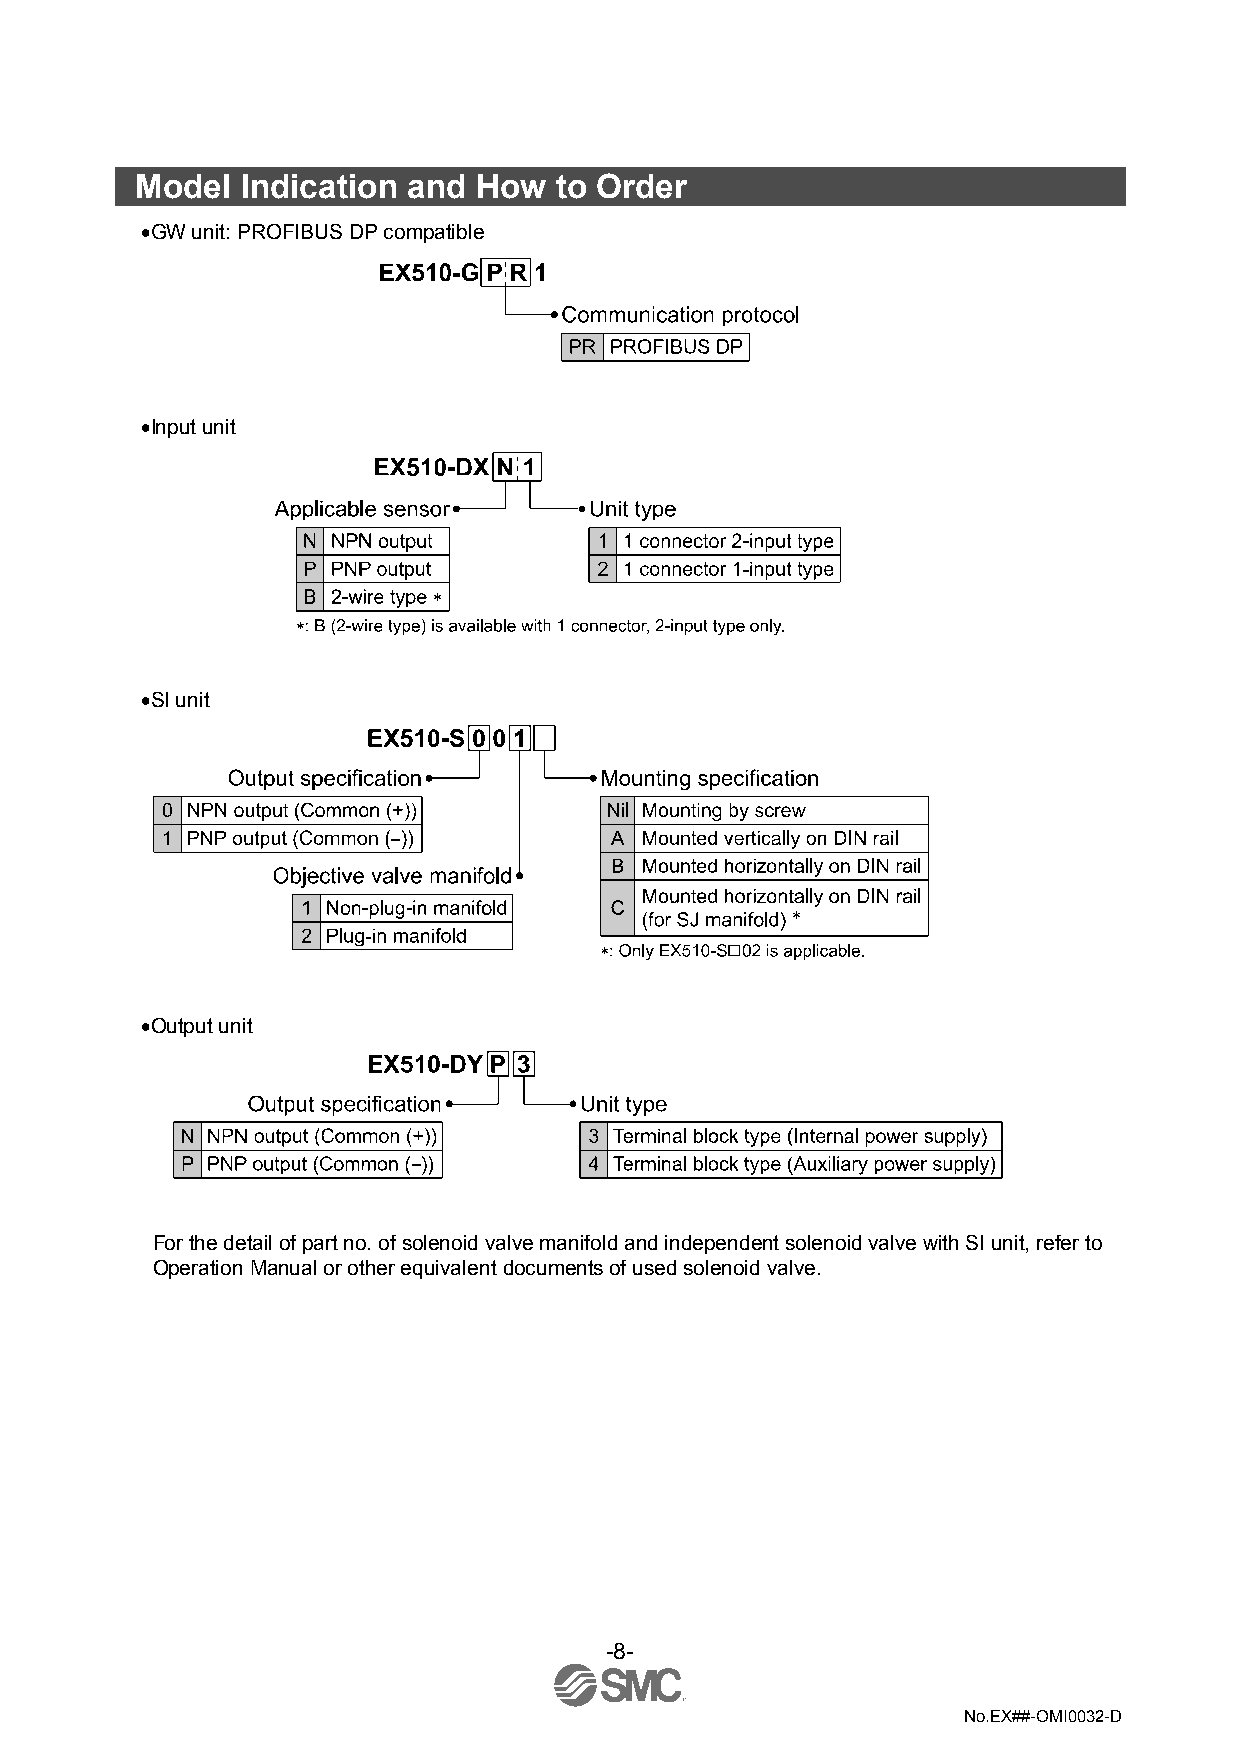
Model  Indication and How   to Order
 •GW unit: PROFIBUS DP compatible
 •Input unit
 •SI unit
 •Output unit
 For the detail of part no. of solenoid valve manifold and independent solenoid valve with SI unit, refer to
 Operation Manual or other equivalent documents of used solenoid valve.
 -8-
 No.EX##-OMI0032-D